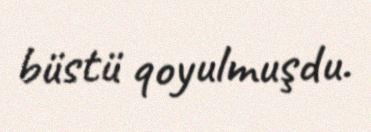
büstü qoyulmuşdu.